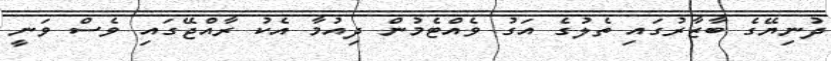
ދުނިޔޭގެ ބާޒާރުގައި ތެލުގެ އަގު ވެއްޓެމުން ދިއުމާ އެކު ރާއްޖޭގައި ވެސް ވަނީ